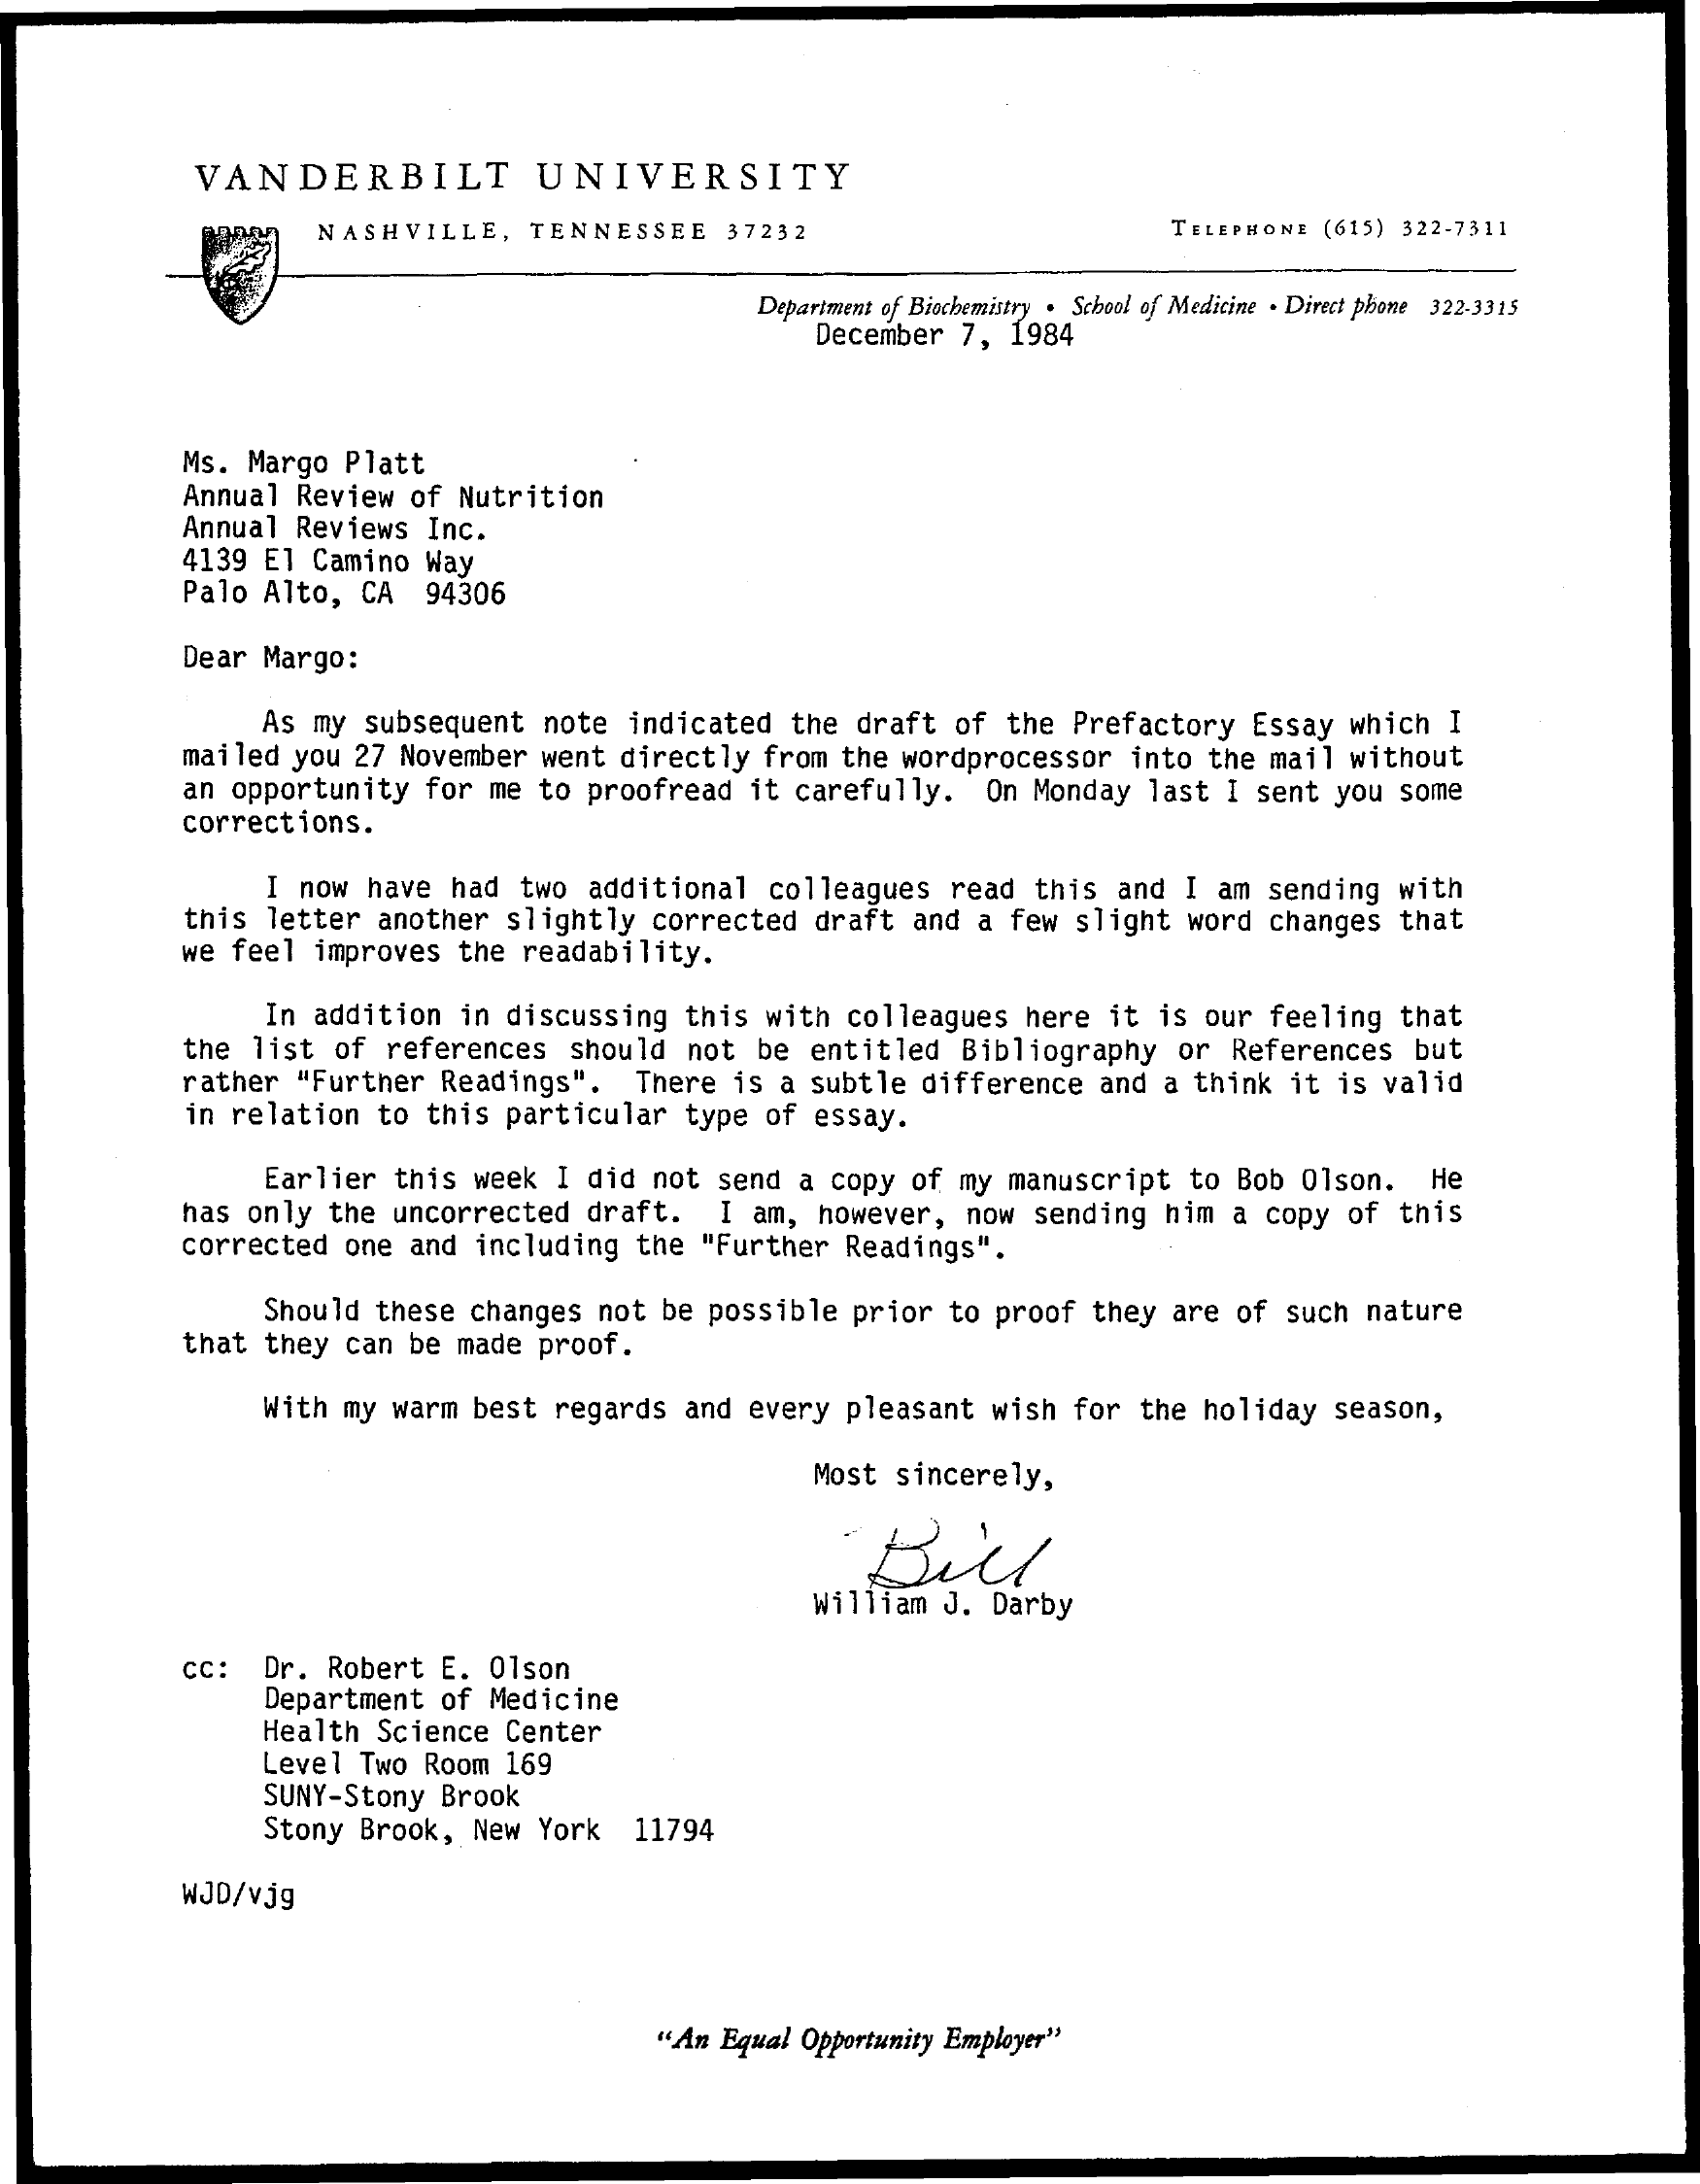
VANDERBILT    UNIVERSITY
     NASHVILLE,  TENNESSEE 37232    TELEPHONE (615) 322-7311
     Department of Biochemistry . School of Medicine . Direct phone 322-3315
     December 7, 1984
     Ms. Margo Platt
     Annual Review of Nutrition
     Annual Reviews Inc.
     4139 El Camino Way
     Palo Alto, CA 94306
     Dear Margo:
     As my subsequent note indicated the draft of the Prefactory Essay which I
     mailed you 27 November went directly from the wordprocessor into the mail without
     an opportunity for me to proofread it carefully. On Monday last I sent you some
     corrections.
     I now have had two additional colleagues read this and I am sending with
     this letter another slightly corrected draft and a few slight word changes that
     we feel improves the readability.
     In addition in discussing this with colleagues here it is our feeling that
     the list of references should not be entitled Bibliography or References but
     rather "Further Readings". There is a subtle difference and a think it is valid
     in relation to this particular type of essay.
     Earlier this week I did not send a copy of my manuscript to Bob Olson. He
     has only the uncorrected draft. I am, however, now sending him a copy of this
     corrected one and including the "Further Readings".
     Should these changes not be possible prior to proof they are of such nature
     that they can be made proof.
     With my warm best regards and every pleasant wish for the holiday season,
     Most sincerely,
     Bill
     William J. Darby
     CC: Dr. Robert E. 01son
     Department of Medicine
     Health Science Center
     Level Two Room 169
     SUNY-Stony Brook
     Stony Brook, New York 11794
     WJD/vjg
     "An Equal Opportunity Employer"